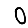
Digit: 0